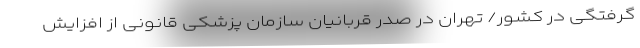
گرفتگی در کشور/ تهران در صدر قربانیان سازمان پزشکی قانونی از افزایش